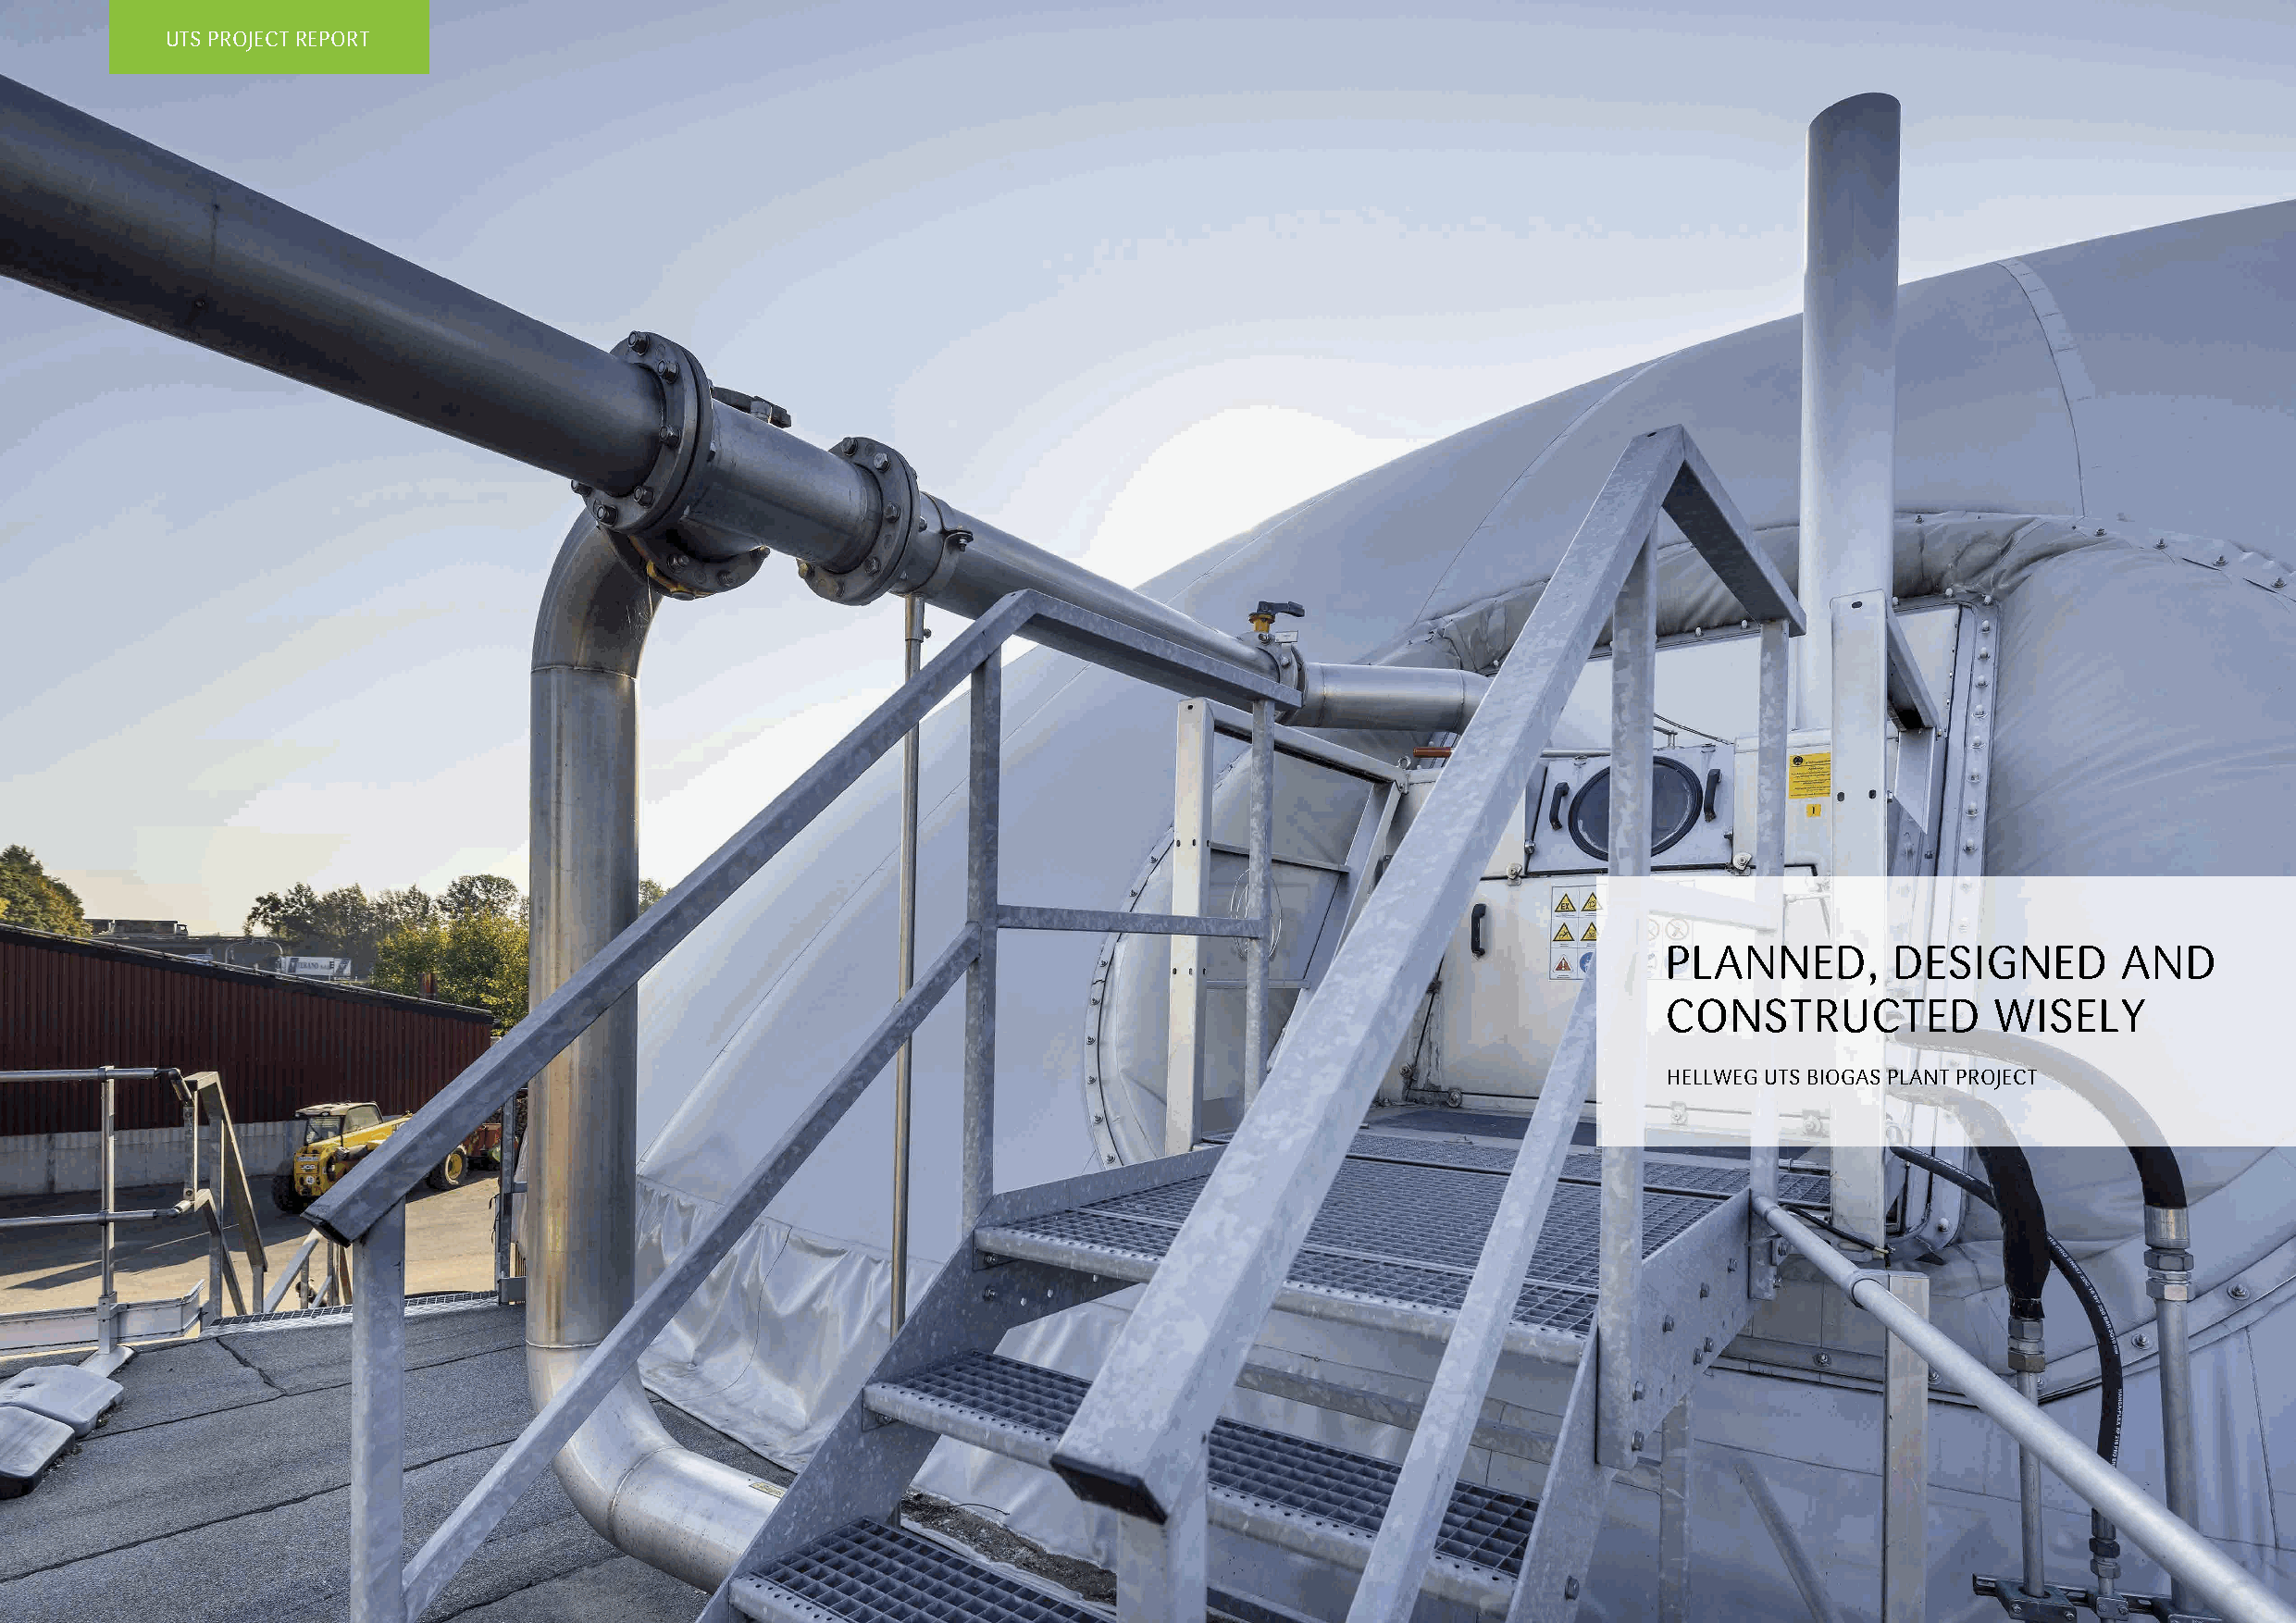
UTS PROJECT REPORT
 PLANNED,        DESIGNED         AND
 CONSTRUCTED             WISELY
 HELLWEG UTS BIOGAS PLANT PROJECT